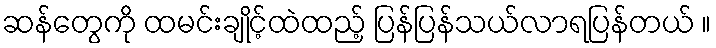
ဆန်တွေကို ထမင်းချိုင့်ထဲထည့် ပြန်ပြန်သယ်လာရပြန်တယ် ။